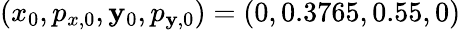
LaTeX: (x_{0},p_{x,0},\mathbf{y}_{0},p_{\mathbf{y},0})=(0,0.3765,0.55,0)